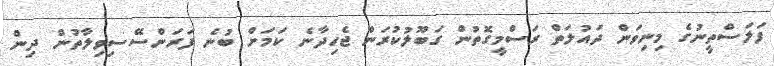
ފަލަސްތީނުގެ މިނިވަން ދައުލަތް ރަސްމީގޮތުން ގަބޫލުކުރަން ޖެހިދާނެ ކަމަށް ބުނެ ފަރަންސޭސިވިލާތުން ދިން